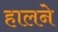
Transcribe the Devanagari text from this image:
हालने